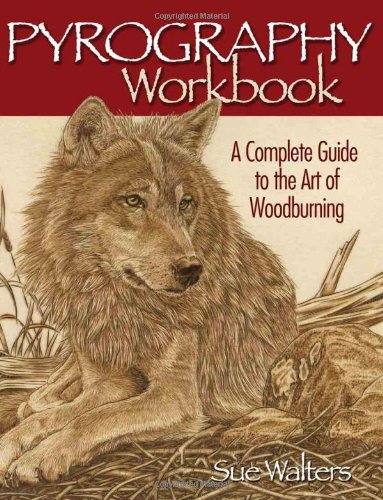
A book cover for Pyrography Workbook: A Complete Guide to the Art of Woodburning; Sue Walters; Crafts, Hobbies & Home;